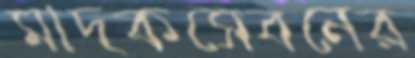
মাদকসেবনের